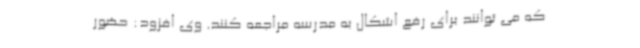
که می توانند برای رفع اشکال به مدرسه مراجعه کنند. وی افزود: حضور